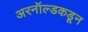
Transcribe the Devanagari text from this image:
अरनॉल्डकडून